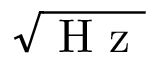
\sqrt { \mathrm { ~ H ~ z ~ } }